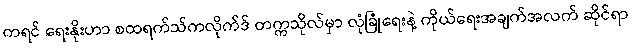
ကရင် ရေးနိုးဟာ စထရက်သ်ကလိုက်ဒ် တက္ကသိုလ်မှာ လုံခြုံရေးနဲ့ ကိုယ်ရေးအချက်အလက် ဆိုင်ရာ